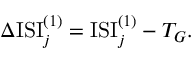
\Delta \mathrm { I S I } _ { j } ^ { ( 1 ) } = \mathrm { I S I } _ { j } ^ { ( 1 ) } - T _ { G } .